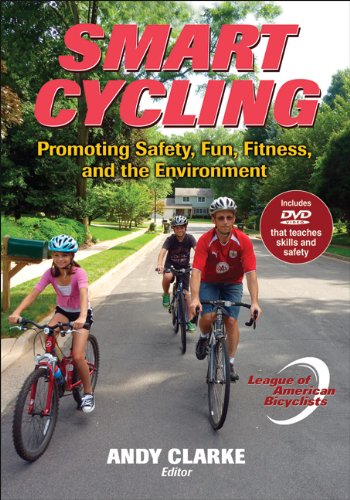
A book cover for Smart Cycling: Promoting Safety, Fun, Fitness, and the Environment; League of American Bicyclists; Sports & Outdoors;